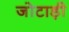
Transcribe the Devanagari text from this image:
जोटाड़ी